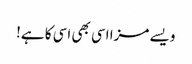
ویسے مزا اسی بھی اسی کا ہے!